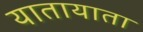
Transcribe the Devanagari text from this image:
यातायाता